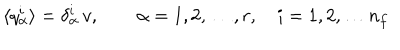
\langle q _ { \alpha } ^ { i } \rangle = \delta _ { \alpha } ^ { i } \, v , \qquad \alpha = 1 , 2 , \ldots , r , \quad i = 1 , 2 , \ldots n _ { f }